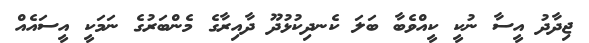
ޖިދާދު އީސާ ނުކީ ކީއްވެބާ ބަލަ ކެނދިކުޅުދޫ ދާއިރާގެ މެންބަރުގެ ނަމަކީ އީސައެއް